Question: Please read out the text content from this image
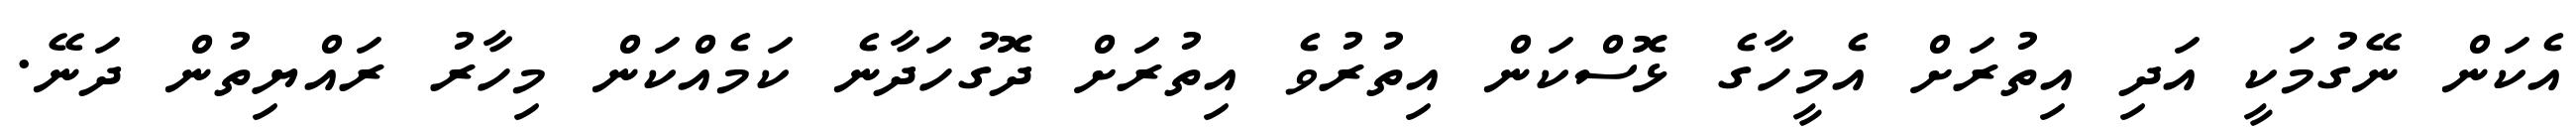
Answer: އެކަން ނޭގުމަކީ އަދި އިތުރަށް އެމީހާގެ ޅޮސްކަން އިތުރުވެ އިތުރަށް ދޮގުހަދާނެ ކަމެއްކަން މިހާރު ރައްޔިތުން ދަނޭ.